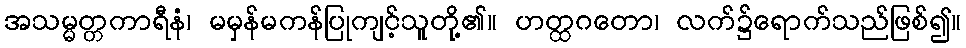
အသမ္မတ္တကာရီနံ၊ မမှန်မကန်ပြုကျင့်သူတို့၏။ ဟတ္ထဂတော၊ လက်၌ရောက်သည်ဖြစ်၍။